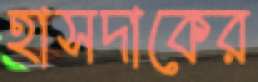
হাসদাকের